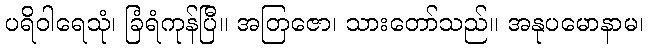
ပရိဝါရေသုံ၊ ခြံရံကုန်ပြီ။ အတြဇော၊ သားတော်သည်။ အနုပမောနာမ၊